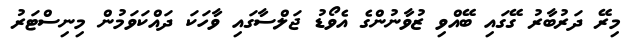
މިރޭ ދަރުބާރު ގޭގައި ބޭއްވި ޒުވާނުންގެ އެވޯޑު ޖަލްސާގައި ވާހަކަ ދައްކަވަމުން މިނިސްޓަރު